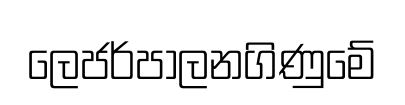
ලෙජර්පාලනගිණුමේ